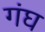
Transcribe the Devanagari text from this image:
गंघ